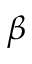
\beta